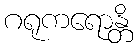
ဂရုကရောန္တိ